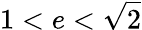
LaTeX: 1<e<{\sqrt{2}}